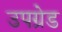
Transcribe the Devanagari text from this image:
उपग्रेड